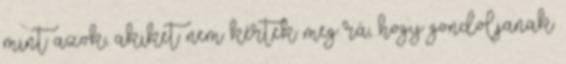
mint azok, akiket nem kértek meg rá, hogy gondoljanak